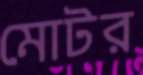
মোটর